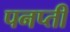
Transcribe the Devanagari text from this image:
पनप्ती